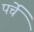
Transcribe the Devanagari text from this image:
पर्चें